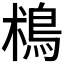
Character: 𩿯